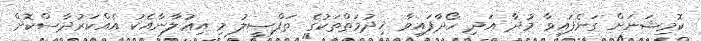
ކޮމިޝަނަށް ގަނެފައިވާ މުދާ އަދި ހޯދާފައިވާ ޚިދުމަތްތަކުގެ ތަފްޞީލު މި އިޢުލާނާއެކު އެއްކަރުދާސްކޮށް